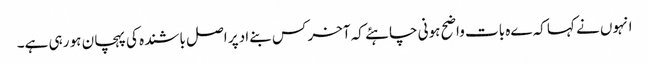
انہوں نے کہا کہ ےہ بات واضح ہونی چاہئے کہ آخر کس بنےاد پر اصل باشندہ کی پہچان ہو رہی ہے۔